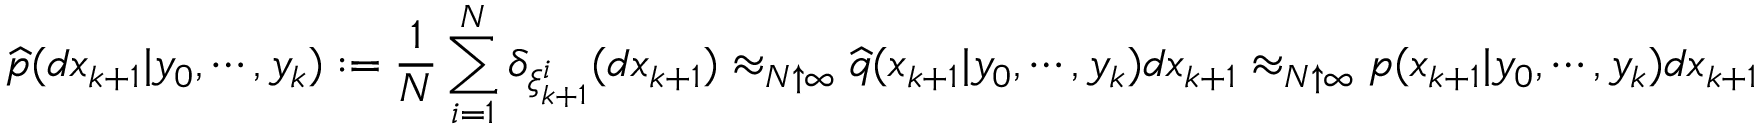
{ \widehat { p } } ( d x _ { k + 1 } | y _ { 0 } , \cdots , y _ { k } ) : = { \frac { 1 } { N } } \sum _ { i = 1 } ^ { N } \delta _ { \xi _ { k + 1 } ^ { i } } ( d x _ { k + 1 } ) \approx _ { N \uparrow \infty } { \widehat { q } } ( x _ { k + 1 } | y _ { 0 } , \cdots , y _ { k } ) d x _ { k + 1 } \approx _ { N \uparrow \infty } p ( x _ { k + 1 } | y _ { 0 } , \cdots , y _ { k } ) d x _ { k + 1 }